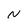
Character: N